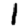
Digit: 1